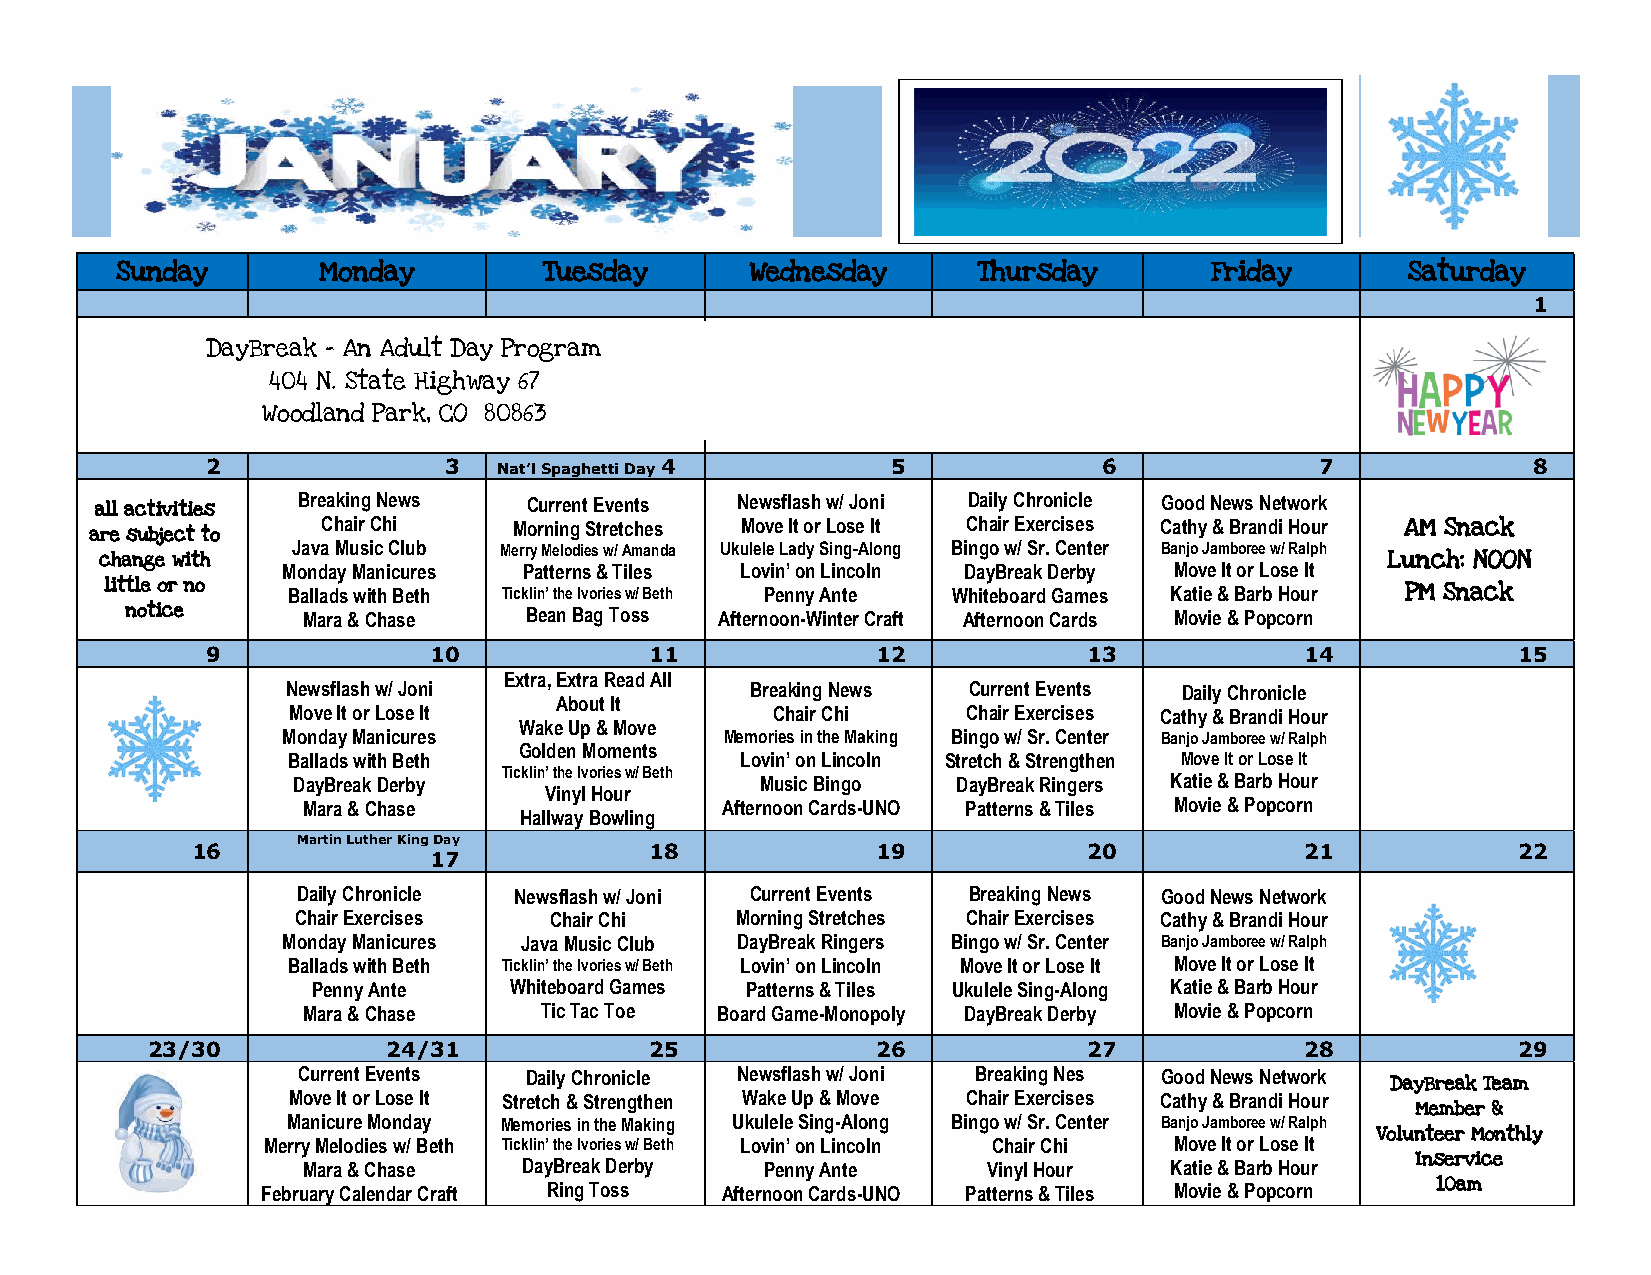
Sunday       Monday         Tuesday       Wednesday      Thursday       Friday       Saturday
 1
 DayBreak – An Adult Day Program
 Si719-687-3000
 404 N. State Highway 67
 Woodland Park, CO 80863
 2              3   Nat’l Spaghetti Day 4     5             6             7             8
 Breaking News  Current Events Newsflash w/ Joni Daily Chronicle Good News Network
 all activities
 Chair Chi    Morning Stretches Move It or Lose It Chair Exercises Cathy & Brandi Hour AM Snack
 are subject to
 Java Music Club Merry Melodies w/ Amanda Ukulele Lady Sing-Along Bingo w/ Sr. Center Banjo Jamboree w/ Ralph
 change with Monday Manicures Patterns & Tiles Lovin’ on Lincoln DayBreak Derby Move It or Lose It Lunch: NOON
 little or no Ballads with Beth Ticklin’ the Ivories w/ Beth Penny Ante Whiteboard Games Katie & Barb Hour PM Snack
 notice      Mara & Chase   Bean Bag Toss Afternoon-Winter Craft Afternoon Cards Movie & Popcorn
 9             10             11             12            13            14            15
 Extra, Extra Read All
 Newsflash w/ Joni              Breaking News Current Events Daily Chronicle
 About It
 Move It or Lose It              Chair Chi    Chair Exercises Cathy & Brandi Hour
 Wake Up & Move
 Monday Manicures             Memories in the Making Bingo w/ Sr. Center Banjo Jamboree w/ Ralph
 Golden Moments
 Ballads with Beth             Lovin’ on Lincoln Stretch & Strengthen Move It or Lose It
 Ticklin’ the Ivories w/ Beth
 DayBreak Derby                 Music Bingo  DayBreak Ringers Katie & Barb Hour
 Mara & Chase
 Vinyl Hour
 Afternoon Cards-UNO Patterns & Tiles Movie & Popcorn
 Hallway Bowling
 Martin Luther King Day
 16                            18             19            20            21            22
 17
 Daily Chronicle Newsflash w/ Joni Current Events Breaking News Good News Network
 Chair Exercises Chair Chi    Morning Stretches Chair Exercises Cathy & Brandi Hour
 Monday Manicures Java Music Club DayBreak Ringers Bingo w/ Sr. Center Banjo Jamboree w/ Ralph
 Ballads with Beth Ticklin’ the Ivories w/ Beth Lovin’ on Lincoln Move It or Lose It Move It or Lose It
 Penny Ante   Whiteboard Games Patterns & Tiles Ukulele Sing-Along Katie & Barb Hour
 Mara & Chase    Tic Tac Toe Board Game-Monopoly DayBreak Derby Movie & Popcorn
 23/30           24/31            25             26            27            28            29
 Current Events Daily Chronicle Newsflash w/ Joni Breaking Nes Good News Network
 DayBreak Team
 Move It or Lose It Stretch & Strengthen Wake Up & Move Chair Exercises Cathy & Brandi Hour
 Manicure Monday Memories in the Making Ukulele Sing-Along Bingo w/ Sr. Center Banjo Jamboree w/ Ralph Member &
 Merry Melodies w/ Beth Ticklin’ the Ivories w/ Beth Lovin’ on Lincoln Chair Chi Move It or Lose It Volunteer Monthly
 Mara & Chase   DayBreak Derby  Penny Ante    Vinyl Hour  Katie & Barb Hour Inservice
 February Calendar Craft Ring Toss Afternoon Cards-UNO Patterns & Tiles Movie & Popcorn 10am